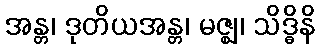
အန္တ၊ ဒုတိယအန္တ၊ မဇ္ဈ၊ သိဒ္ဓိနိ